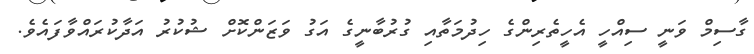
ގާސިމް ވަނީ ސިއްހީ އެހީތެރިންގެ ހިދުމަތާއި ގުރުބާނީގެ އަގު ވަޒަންކޮށް ޝުކުރު އަދާކުރައްވާފައެވެ.